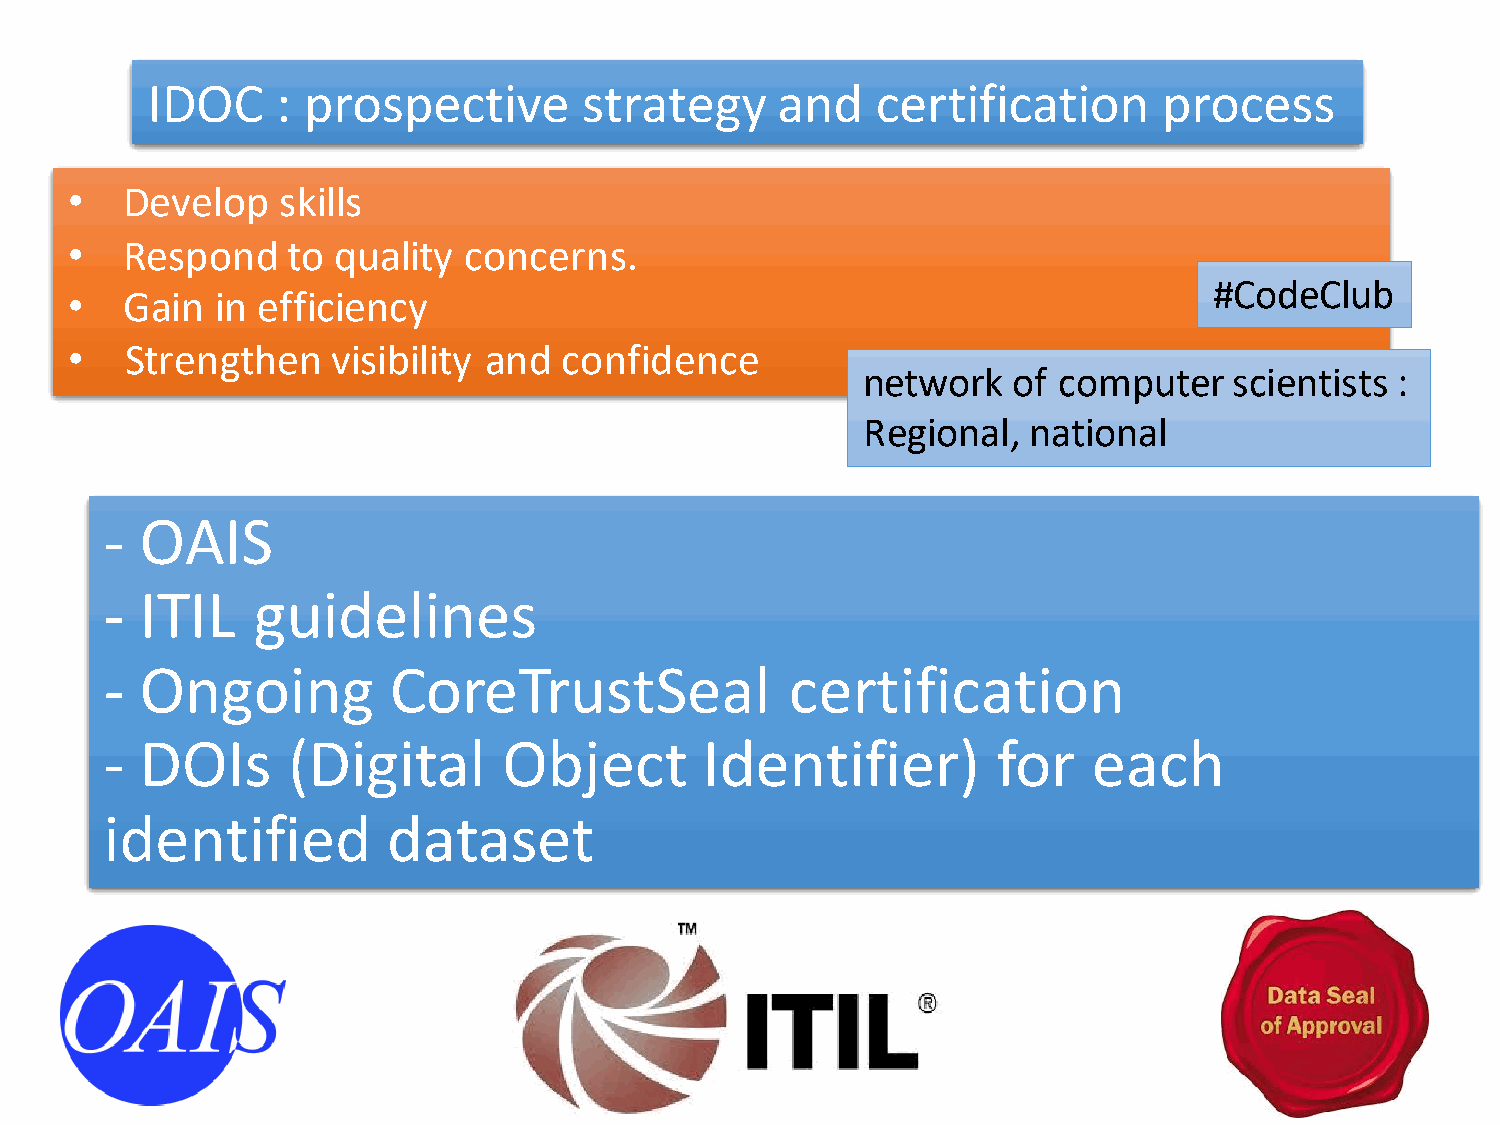
IDOC    : prospective        strategy    and    certification      process
 •  Develop   skills
 •  Respond    to quality  concerns.
 #CodeClub
 •  Gain  in efficiency
 •  Strengthen    visibility and confidence
 network   of computer    scientists :
 Regional,  national
 - OAIS
 - ITIL    guidelines
 - Ongoing          CoreTrustSeal             certification
 - DOIs      (Digital      Object       Identifier)         for   each
 identified         dataset